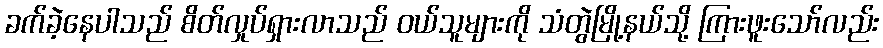
ခက်ခဲ့နေပါသည် စိတ်လှုပ်ရှားလာသည် ဝယ်သူများကို သံတွဲမြို့နယ်သို့ ကြားဖူးသော်လည်း